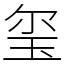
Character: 玺